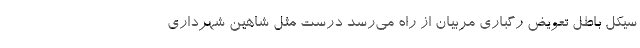
سیکل باطل تعویض رگباری مربیان از راه می‌رسد درست مثل شاهین شهرداری